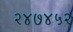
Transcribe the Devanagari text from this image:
२४७४५२